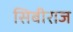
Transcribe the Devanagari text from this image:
सिबीराज